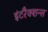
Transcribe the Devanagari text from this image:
इंटरैक्शन्स